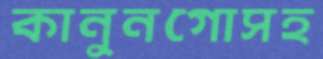
কানুনগোসহ